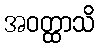
အဝတ္ထာသိ